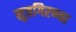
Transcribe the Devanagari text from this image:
सुतगिरण्या